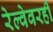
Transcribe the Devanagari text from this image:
रेल्वेवरही